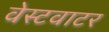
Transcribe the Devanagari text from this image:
वेस्टवाटर